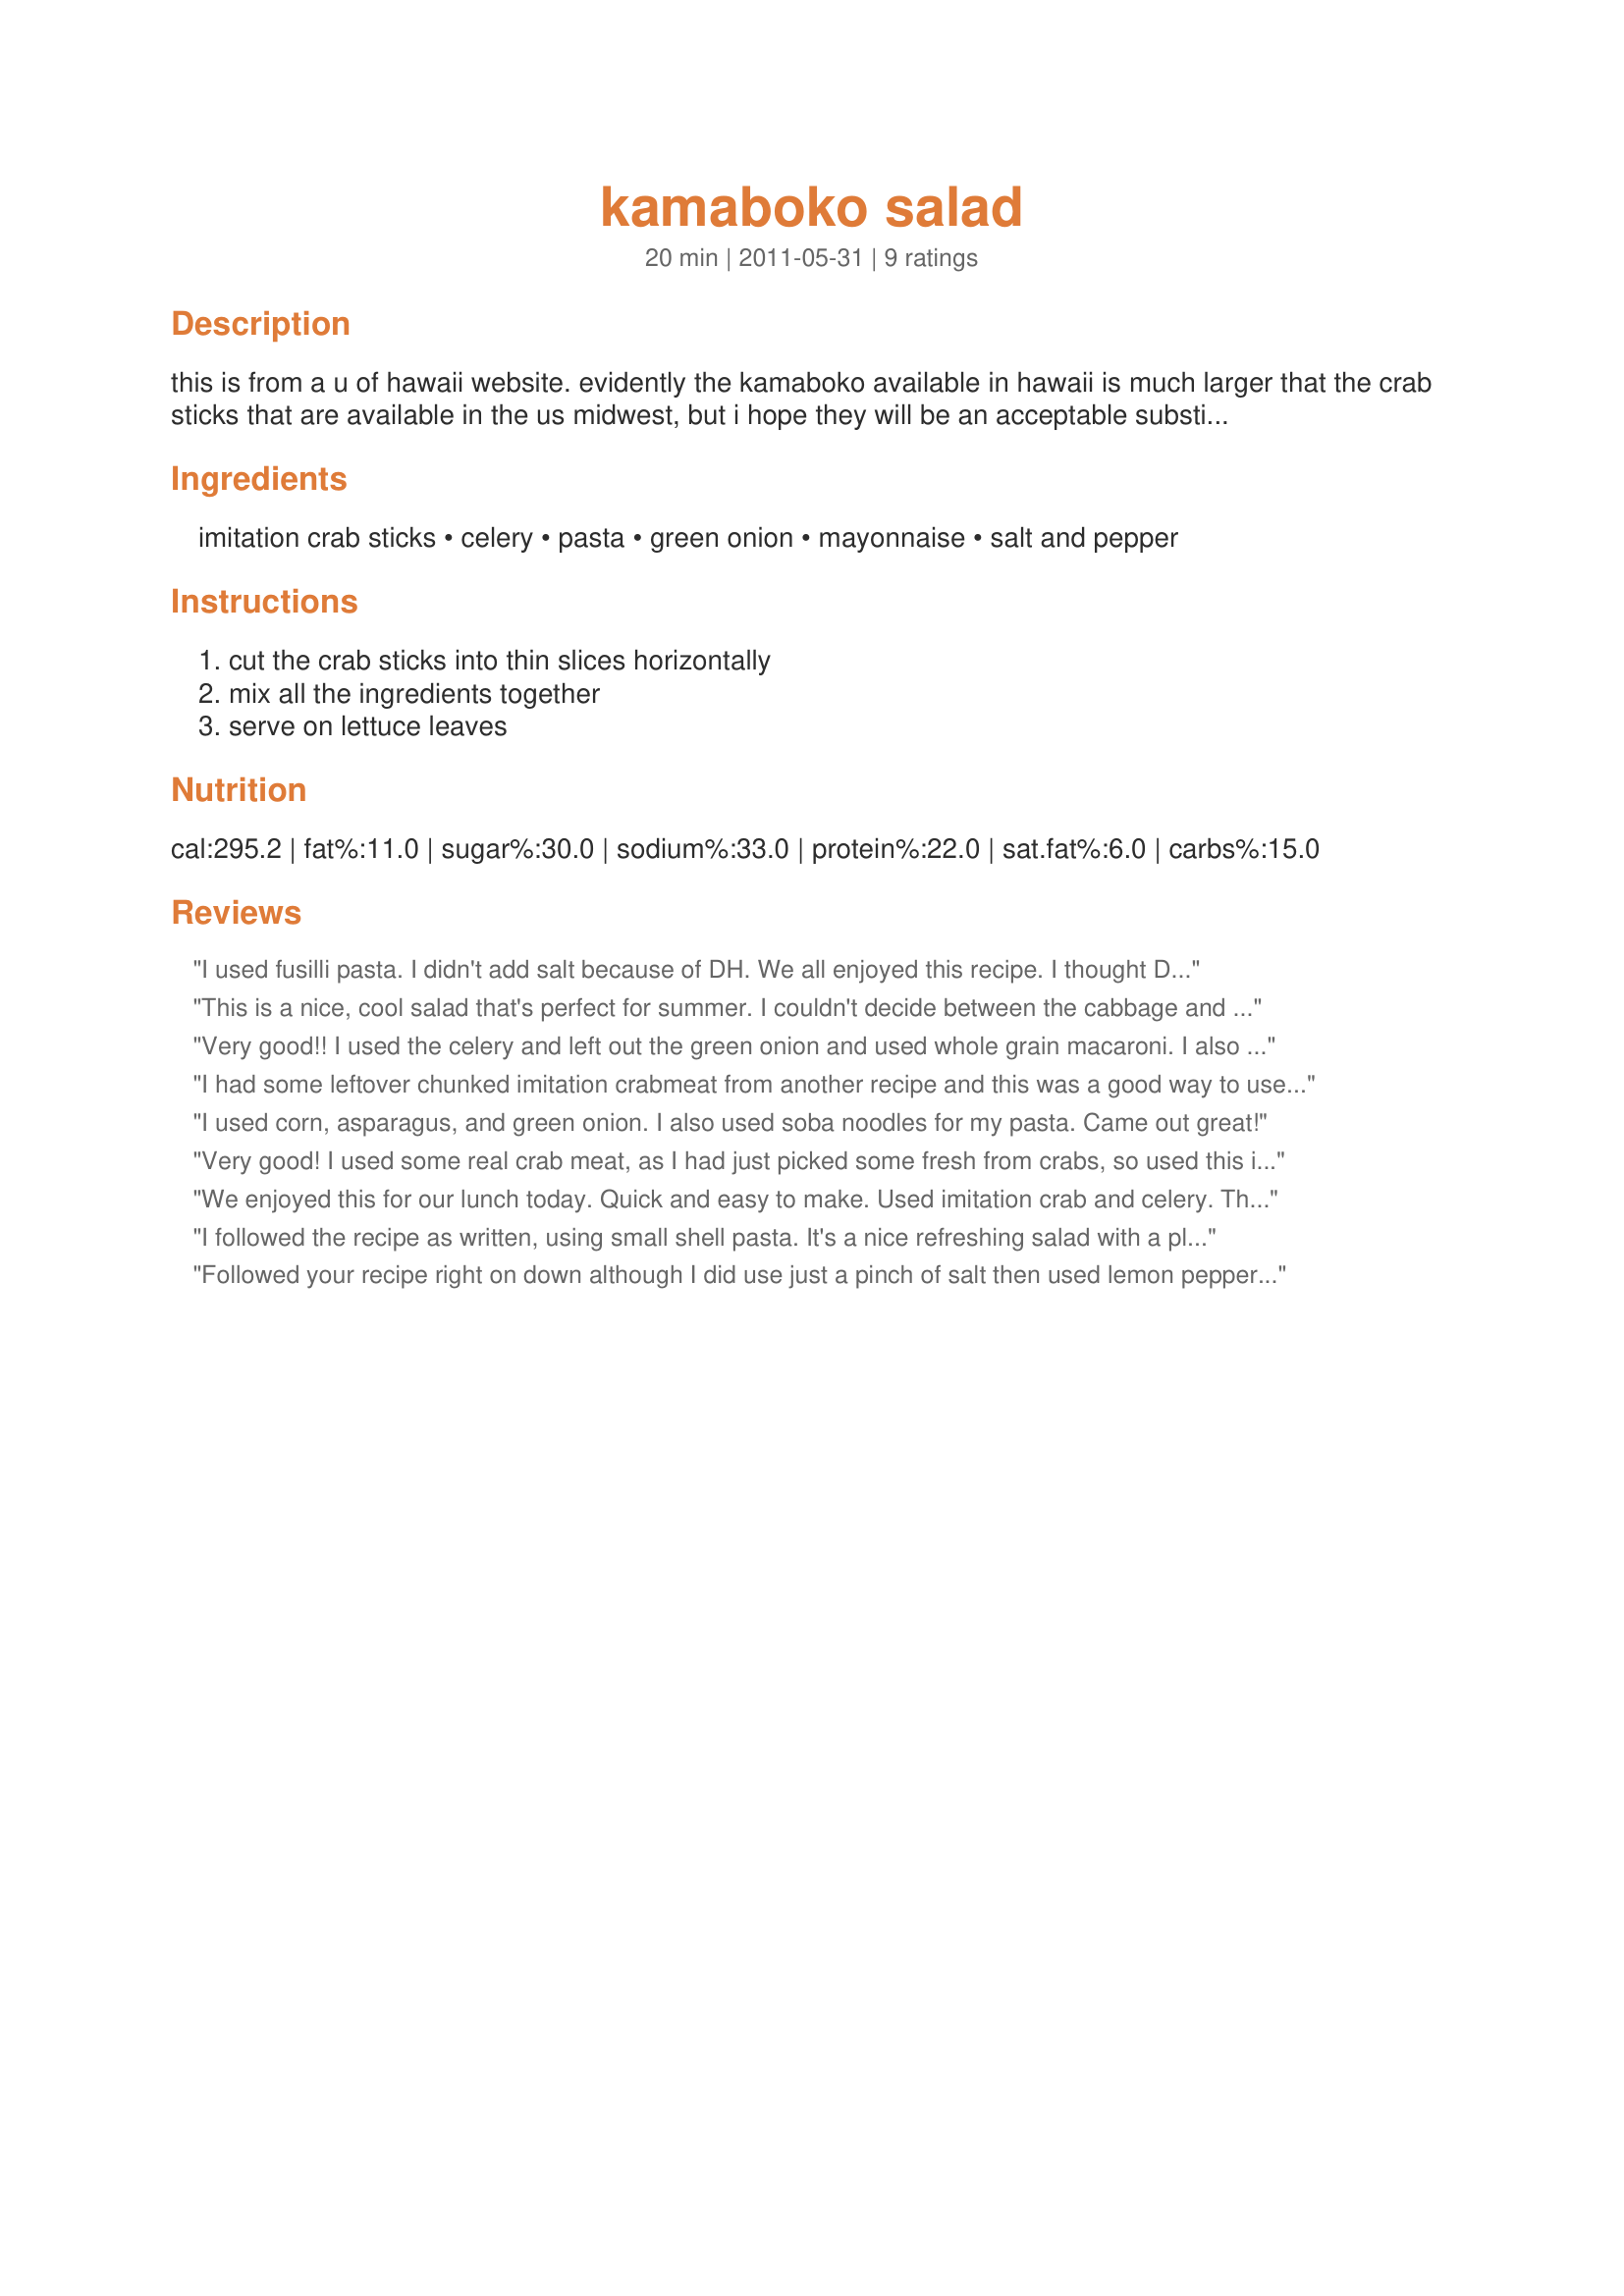
kamaboko salad
Preparation time: 20 minutes

this is from a u of hawaii website. evidently the kamaboko available in hawaii is much larger that the crab sticks that are available in the us midwest, but i hope they will be an acceptable substitute. since there is such a strong japanese influence on the culture of hawaii, i'm including this for zwt 7.

Ingredients:
imitation crab sticks, celery, pasta, green onion, mayonnaise, salt and pepper

Steps:
cut the crab sticks into thin slices horizontally, mix all the ingredients together, serve on lettuce leaves

Reviews:
I used fusilli pasta. I didn't add salt because of DH. We all enjoyed this recipe. I thought DH would not like it as much because there is mayo in it but he liked it and gave it 5 stars. This is very refreshing and I'll do it often. Thanks Linky :) Made for Count Dracula and His Hot Bites for ZWT7
This is a nice, cool salad that's perfect for summer. I couldn't decide between the cabbage and the celery, so I used 1/2 cup of each. I felt like the flavor could be bumped up a bit. I think a littlw fresh lemon juice and some tarragon would do it. Maybe even dill or cilantro. I will add those next time. Thanx!
Very good!! I used the celery and left out the green onion and used whole grain macaroni. I also added some hot sauce to spice it up and added some dried dill weed. We didn't have lettuce leaves so we just had this as a main salad.
I had some leftover chunked imitation crabmeat from another recipe and this was a good way to use it. Made as written but used celery salt to season rather than plain salt. Made for ZWT-7~THE HOT PINK LADIES.
I used corn, asparagus, and green onion. I also used soba noodles for my pasta. Came out great!
Very good! I used some real crab meat, as I had just picked some fresh from crabs, so used this in place of Kamaboko. Perfect! I let it sit all afternoon and it got real nice and cold, and all the lovely seasonings mixed together and made a great taste! I tried a bit of tarragon as another reviewer mentioned and it tasted delightful! Thank you, Linky! Made for ZWT7
We enjoyed this for our lunch today. Quick and easy to make. Used imitation crab and celery. Thank You. Made for ZWT7~Emerald City Shakers.
I followed the recipe as written, using small shell pasta. It's a nice refreshing salad with a pleasant crunch from the celery. It was perfect for our lunch today. Made for Susie's World Tour 2018.
Followed your recipe right on down although I did use just a pinch of salt then used lemon pepper instead of the regular stuff! Makes a very nice tasting, flavorful & satisfying salad! I enjoyed it so much that now I really need to do this one for special company sometime! Thanks for posting the recipe! [Made & reviewed for I Recommend recipe tag]
